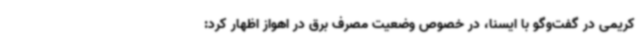
کریمی در گفت‌وگو با ایسنا، در خصوص وضعیت مصرف برق در اهواز اظهار کرد: